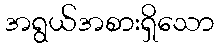
အရွယ်အစားရှိသော